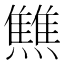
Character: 𤒏